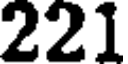
221